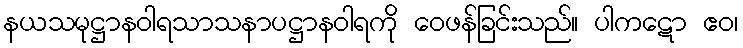
နယသမုဋ္ဌာနဝါရသာသနာပဋ္ဌာနဝါရကို ဝေဖန်ခြင်းသည်။ ပါကဋော ဧဝ၊